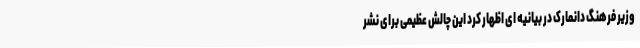
وزیر فرهنگ دانمارک در بیانیه ای اظهار کرد این چالش عظیمی برای نشر